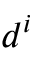
d ^ { i }